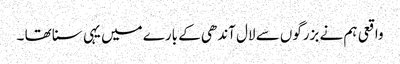
واقعی ہم نے بزرگوں سے لال آندھی کے بارے میں یہی سنا تھا ۔